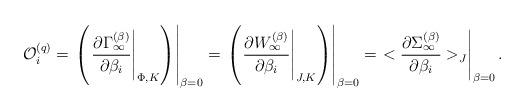
LaTeX: \begin{align*}{\cal O}_i^{(q)}=\left.\left(\left.{\partial \Gamma_\infty^{(\beta)}\over \partial \beta_i}\right|_{\Phi,K}\right)\right|_{\beta=0}=\left.\left(\left.{\partial W_\infty^{(\beta)}\over \partial \beta_i}\right|_{J,K}\right)\right|_{\beta=0}=\left. <{\partial\Sigma_\infty^{(\beta)}\over \partial \beta_i}>_J\right|_{\beta=0}.\end{align*}